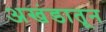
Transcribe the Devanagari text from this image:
अखंडातून